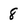
Character: 8